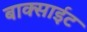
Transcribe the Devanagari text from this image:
बाक्साईट